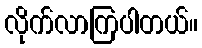
လိုက်လာကြပါတယ်။